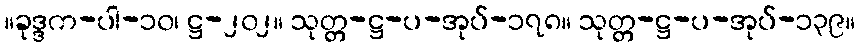
။ခုဒ္ဒက-ပါ-၁၀၊ ဋ္ဌ-၂၀၂။ သုတ္တ-ဋ္ဌ-ပ-အုပ်-၁၇၈။ သုတ္တ-ဋ္ဌ-ပ-အုပ်-၁၃၉။